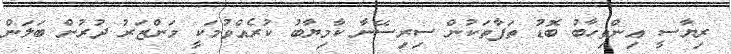
ރިޔާސީ އިންތިހާބު ބޮޑު ތަފާތަކުން ސިރިސޭނާ ކާމިޔާބު ކުރެއްވުމަކީ މަންޒަރު ދުރުން ބަލަން